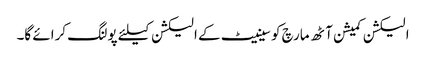
الیکشن کمیشن آٹھ مارچ کو سینیٹ کے الیکشن کیلئے پولنگ کرائے گا۔